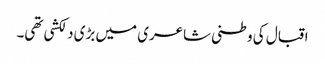
اقبال کی وطنی شاعری میں بڑی دلکشی تھی۔